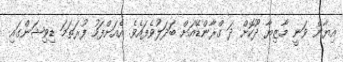
އިޔާން ވަނީ މާޒިޔާ ދޫކޮށް ދަ ގްރާންޑޭއަށް ބަދަލުވެފައެވެ. އެއަށްފަހު ފުރަތަމަ ޑިވިޝަންގައި